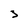
Character: 3